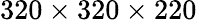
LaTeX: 320\times 320\times 220